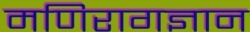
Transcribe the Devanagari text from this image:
मणिरागज्ञान